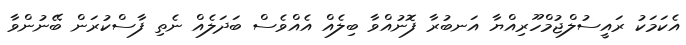
އެކަމަކު ރައީސުލްޖުމްހޫރިއްޔާ އަނބުރާ ފޮނުއްވާ ބިލެއް އެއްވެސް ބަދަލެއް ނެތި ފާސްކުރަން ބޭނުންވާ